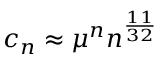
c _ { n } \approx \mu ^ { n } n ^ { \frac { 1 1 } { 3 2 } }